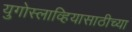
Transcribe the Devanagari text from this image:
युगोस्लाव्हियासाठीच्या